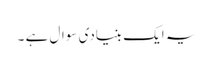
یہ ایک بنیادی سوال ہے ۔